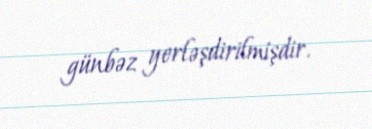
günbəz yerləşdirilmişdir.